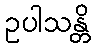
ဥပါသန္တိ